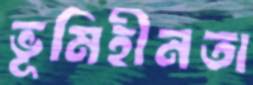
ভূমিহীনতা